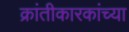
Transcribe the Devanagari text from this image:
क्रांतीकारकांच्या